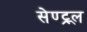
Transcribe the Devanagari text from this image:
सेण्ट्र्ल